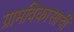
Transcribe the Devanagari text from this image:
ग्रामविकासाची